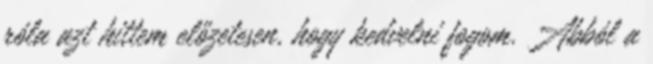
róla azt hittem előzetesen, hogy kedvelni fogom. Abból a